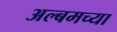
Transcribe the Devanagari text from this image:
अल्बमच्या